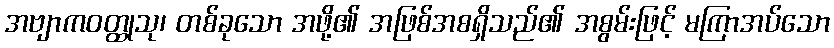
အဗျာကဝတ္ထုသု၊ တစ်ခုသော အဖို့၏ အဖြစ်အစရှိသည်၏ အစွမ်းဖြင့် မကြာအပ်သော